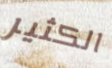
الكثير